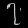
Digit: ၇